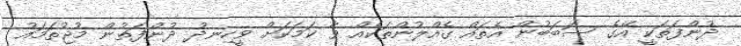
ދުންފަތަކީ އޭގެ ސަބަބުން އެތައް ގެއްލުންތަކެއް ވާ ކަމަކަށް ވީހިނދު ދުންފަތުން މުޖުތަމައު